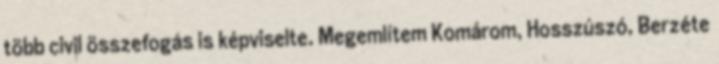
több civil összefogás is képviselte. Megemlítem Komárom, Hosszúszó, Berzéte